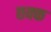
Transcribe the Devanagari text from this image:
छक्क